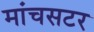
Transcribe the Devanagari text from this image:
मांचसटर